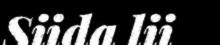
Siida lii